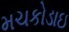
મચકોડાઇ